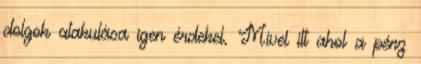
dolgok alakulása igen érdekel. Mivel itt ahol a pénz